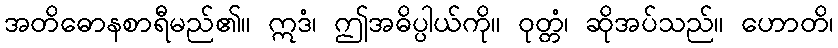
အတိဓောနစာရီမည်၏။ ဣဒံ၊ ဤအဓိပ္ပါယ်ကို။ ဝုတ္တံ၊ ဆိုအပ်သည်။ ဟောတိ၊